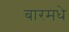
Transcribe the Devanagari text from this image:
बारमधे